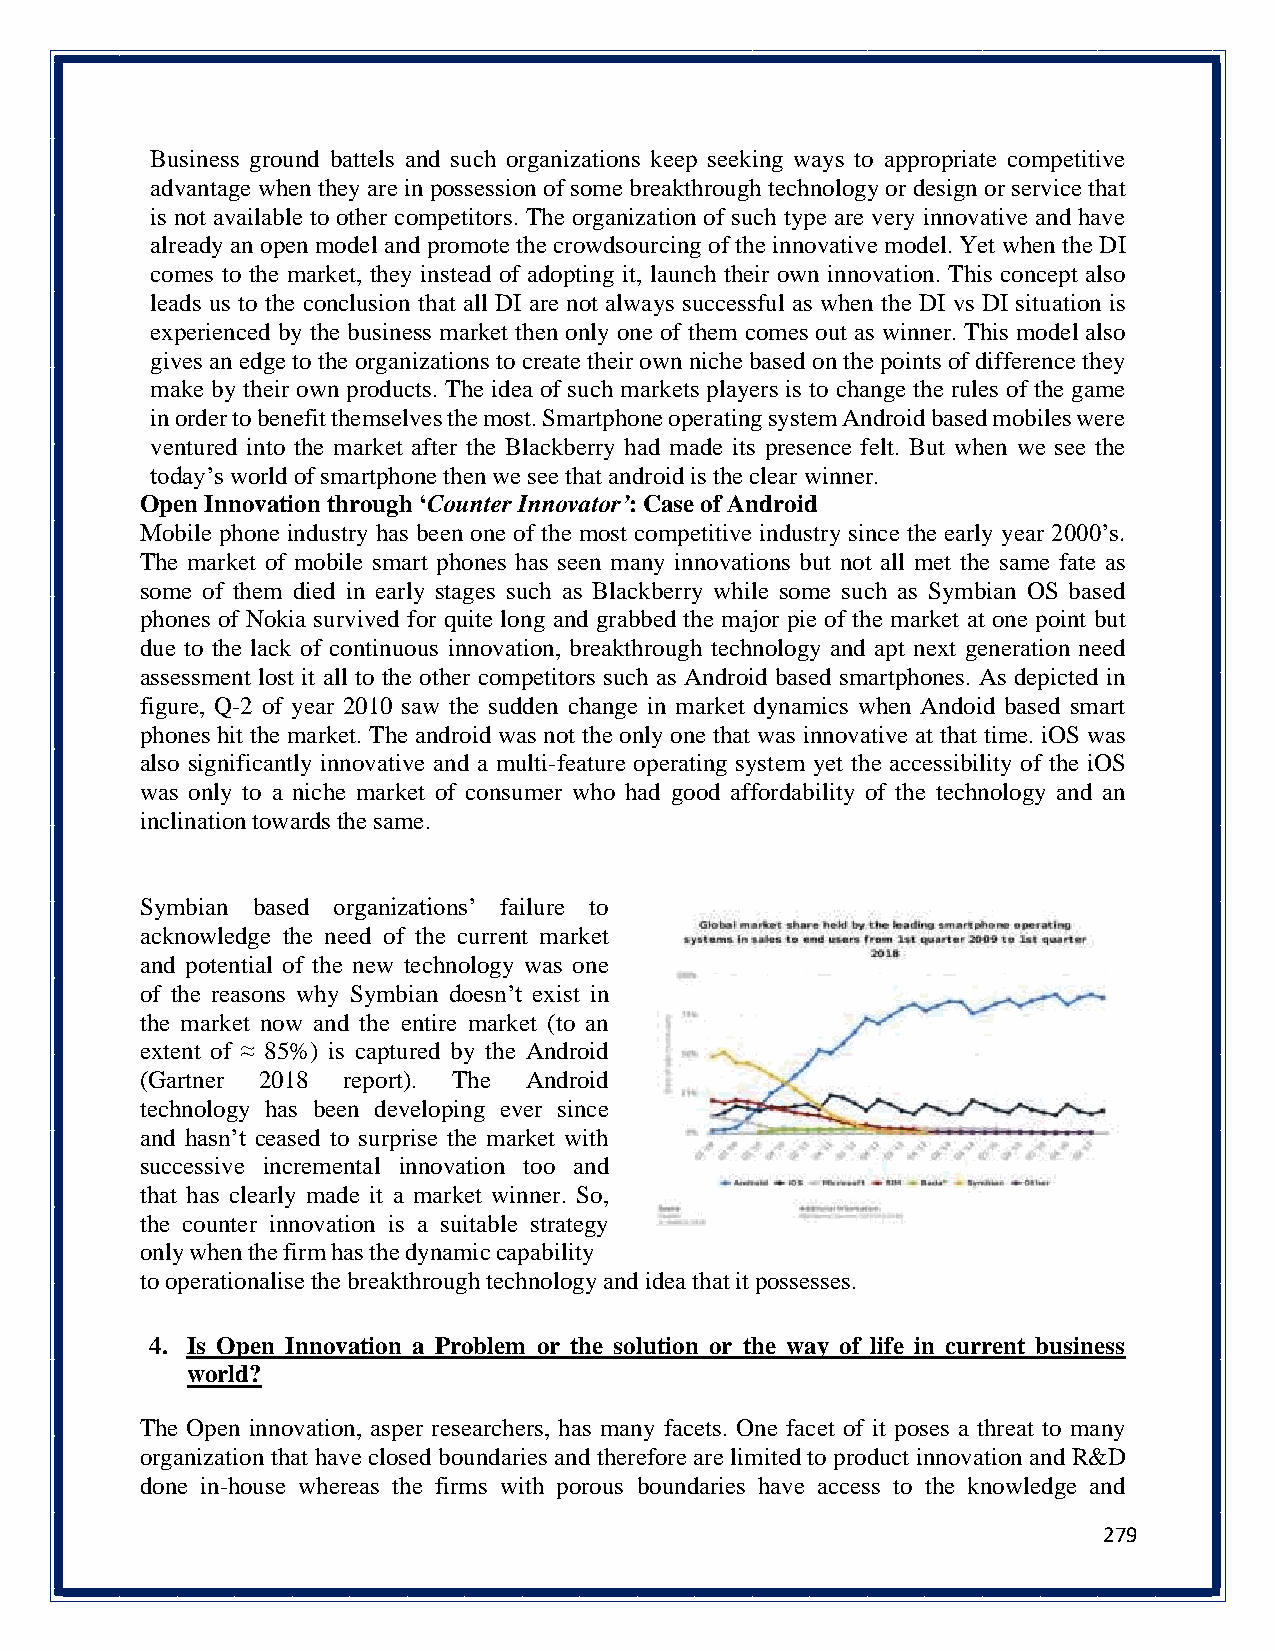
Business ground battels and such organizations keep seeking ways to appropriate competitive
 advantage when they are in possession of some breakthrough technology or design or service that
 is not available to other competitors. The organization of such type are very innovative and have
 already an open model and promote the crowdsourcing of the innovative model. Yet when the DI
 comes to the market, they instead of adopting it, launch their own innovation. This concept also
 leads us to the conclusion that all DI are not always successful as when the DI vs DI situation is
 experienced by the business market then only one of them comes out as winner. This model also
 gives an edge to the organizations to create their own niche based on the points of difference they
 make by their own products. The idea of such markets players is to change the rules of the game
 in order to benefit themselves the most. Smartphone operating system Android based mobiles were
 ventured into the market after the Blackberry had made its presence felt. But when we see the
 today’s world of smartphone then we see that android is the clear winner.
 Open Innovation through ‘Counter Innovator’: Case of Android
 Mobile phone industry has been one of the most competitive industry since the early year 2000’s.
 The market of mobile smart phones has seen many innovations but not all met the same fate as
 some of them died in early stages such as Blackberry while some such as Symbian OS based
 phones of Nokia survived for quite long and grabbed the major pie of the market at one point but
 due to the lack of continuous innovation, breakthrough technology and apt next generation need
 assessment lost it all to the other competitors such as Android based smartphones. As depicted in
 figure, Q-2 of year 2010 saw the sudden change in market dynamics when Andoid based smart
 phones hit the market. The android was not the only one that was innovative at that time. iOS was
 also significantly innovative and a multi-feature operating system yet the accessibility of the iOS
 was only to a niche market of consumer who had good affordability of the technology and an
 inclination towards the same.
 Symbian based organizations’ failure to
 acknowledge the need of the current market
 and potential of the new technology was one
 of the reasons why Symbian doesn’t exist in
 the market now and the entire market (to an
 extent of ≈ 85%) is captured by the Android
 (Gartner 2018 report). The Android
 technology has been developing ever since
 and hasn’t ceased to surprise the market with
 successive incremental innovation too and
 that has clearly made it a market winner. So,
 the counter innovation is a suitable strategy
 only when the firm has the dynamic capability
 to operationalise the breakthrough technology and idea that it possesses.
 4. Is Open Innovation a Problem or the solution or the way of life in current business
 world?
 The Open innovation, asper researchers, has many facets. One facet of it poses a threat to many
 organization that have closed boundaries and therefore are limited to product innovation and R&D
 done in-house whereas the firms with porous boundaries have access to the knowledge and
 279